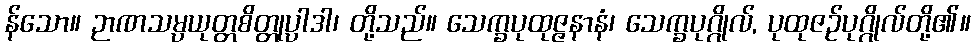
န်သော။ ဉာဏသမ္ပယုတ္တစိတ္တုပ္ပါဒါ၊ တို့သည်။ သေက္ခပုထုဇ္ဇနာနံ၊ သေက္ခပုဂ္ဂိုလ်, ပုထုဇဉ်ပုဂ္ဂိုလ်တို့၏။